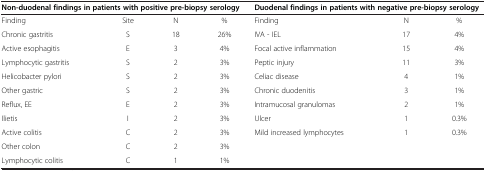
| <COLSPAN=4> Non-duodenal findings in patients with positive pre-biopsy serology | <COLSPAN=3> Duodenal findings in patients with negative pre-biopsy serology |
 | --- | --- | --- | --- | --- | --- | --- |
 | Finding | Site | N | % | Finding | N | % |
 | Chronic gastritis | S | 18 | 26% | IVA - IEL | 17 | 4% |
 | Active esophagitis | E | 3 | 4% | Focal active inflammation | 15 | 4% |
 | Lymphocytic gastritis | S | 2 | 3% | Peptic injury | 11 | 3% |
 | Helicobacter pylori | S | 2 | 3% | Celiac disease | 4 | 1% |
 | Other gastric | S | 2 | 3% | Chronic duodenitis | 3 | 1% |
 | Reflux, EE | E | 2 | 3% | Intramucosal granulomas | 2 | 1% |
 | Ilietis | I | 2 | 3% | Ulcer | 1 | 0.3% |
 | Active colitis | C | 2 | 3% | Mild increased lymphocytes | 1 | 0.3% |
 | Other colon | C | 2 | 3% |  |  |  |
 | Lymphocytic colitis | C | 1 | 1% |  |  |  |